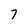
Character: 7